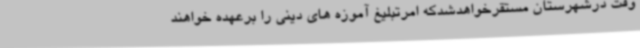
وقت درشهرستان مستقرخواهدشدکه امرتبلیغ آموزه های دینی را برعهده خواهند